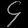
Digit: ၄